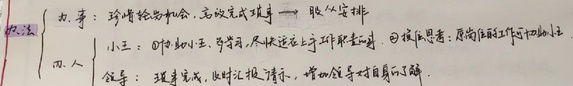
- 办法：
    - 事：珍惜轮岗机会，高效完成琐事→服从安排
    - 人：
        - 小王：
            - 告知小王，若有需，尽快送上工作职掌表。
            - 换位思考：每周向他工作汇报小注
        - 领导：琐事完成，及时汇报请示，增加领导对自身的了解